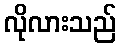
လိုလားသည်